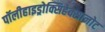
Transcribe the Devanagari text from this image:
पॉलीहाइड्रोक्सिहेक्सानोट